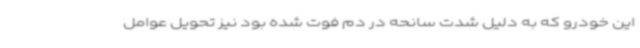
این خودرو که به دلیل شدت سانحه در دم فوت شده بود نیز تحویل عوامل